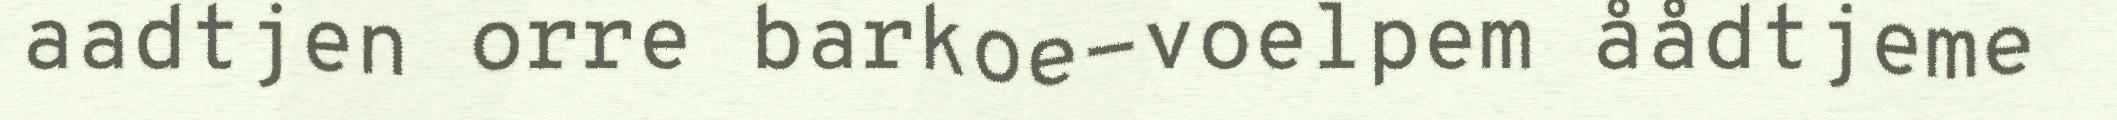
aadtjen orre barkoe-voelpem åådtjeme